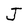
Character: J